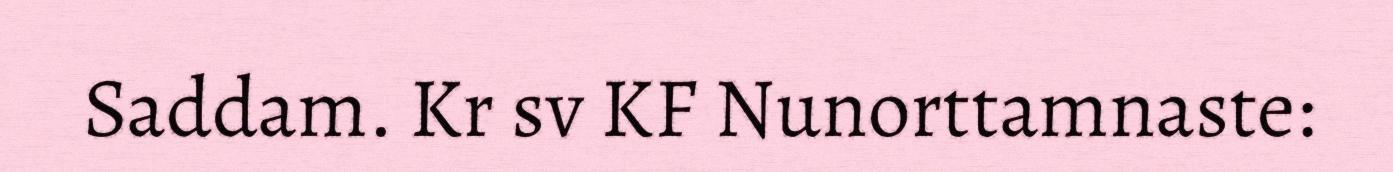
Saddam. Kr sv KF Nunorttamnaste: